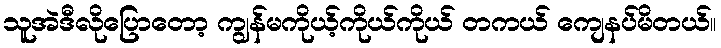
သူအဲဒီလိုပြောတော့ ကျွန်မကိုယ့်ကိုယ်ကိုယ် တကယ် ကျေနပ်မိတယ်။